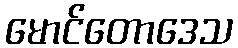
မောင်တောဒေသ